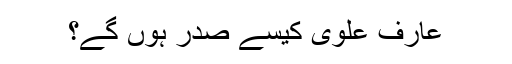
عارف علوی کیسے صدر ہوں گے؟